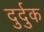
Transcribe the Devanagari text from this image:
दुर्दुक